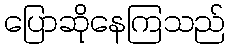
ပြောဆိုနေကြသည်